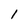
Character: 1